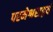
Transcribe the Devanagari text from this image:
परमेश्वराद्वयं